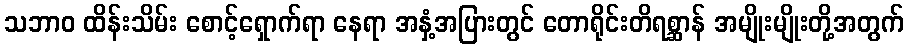
သဘာဝ ထိန်းသိမ်း စောင့်ရှောက်ရာ နေရာ အနှံ့အပြားတွင် တောရိုင်းတိရစ္ဆာန် အမျိုးမျိုးတို့အတွက်